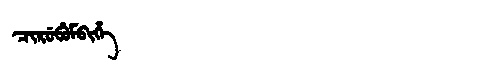
Manchu: ᠴᡳᡵᡠᠪᡠᠮᠪᡳᡥᡝ
Romanization: CIRUBUMBIHE